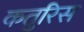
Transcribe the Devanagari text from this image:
कतुरिस